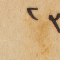
٢٣